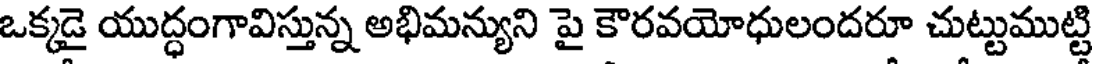
ఒక్కడై యుద్ధంగావిస్తున్న అభిమన్యుని పై కౌరవయోధులందరూ చుట్టుముట్టి